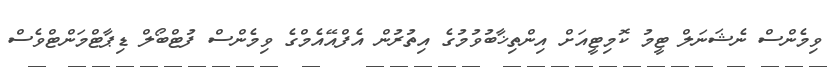
ވިމެންސް ނެޝަނަލް ޓީމު ކޮމިޓީއަށް އިންތިޚާބުވުމުގެ އިތުރުން އެފްއޭއެމްގެ ވިމެންސް ފުޓްބޯލް ޑިޕާޓްމަންޓްވެސް